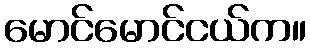
မောင်မောင်ငယ်က။